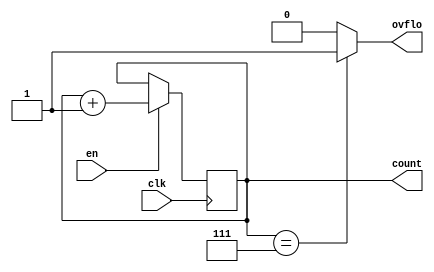
`timescale 1ns / 1ps
//////////////////////////////////////////////////////////////////////////////////
// Company: 
// Engineer: 
// 
// Design Name: 
// Module Name:    ctr_ovflo 
// Project Name: 
// Target Devices: 
// Tool versions: 
// Description: 
//
// Dependencies: 
//
// Revision: 
// Revision 0.01 - File Created
// Additional Comments: 
//
//////////////////////////////////////////////////////////////////////////////////
module ctr_ovflo( input clk, en,
output reg [2:0] count=0,
output reg ovflo
    );

always @ (posedge clk)
begin
	if (en)
	begin	count<=count+1;
	end
end

always @(count)
begin
if (count==3'b111)
	ovflo=1;
else
	ovflo=0;
end

endmodule